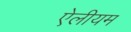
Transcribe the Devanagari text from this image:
ऐलीयम